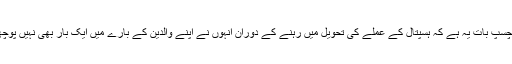
دلچسپ بات یہ ہے کہ ہسپتال کے عملے کی تحویل میں رہنے کے دوران انہوں نے اپنے والدین کے بارے میں ایک بار بھی نہیں پوچھا۔